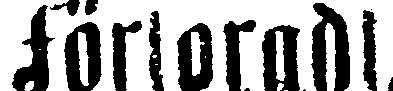
förloradt